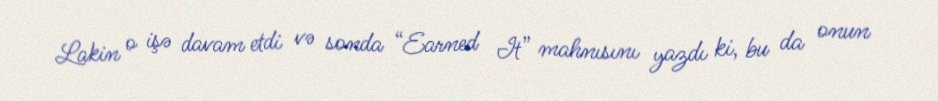
Lakin o işə davam etdi və sonda “Earned It” mahnısını yazdı ki, bu da onun